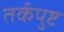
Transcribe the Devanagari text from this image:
तर्कपुष्ट